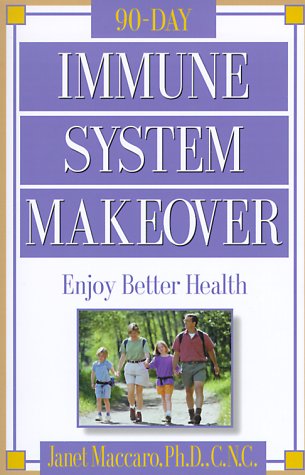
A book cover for Immune System Makeover: Enjoy better health; Janet Maccaro PhD  CNC; Health, Fitness & Dieting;